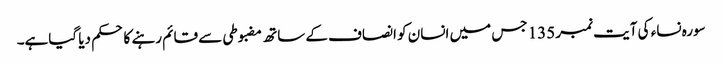
سورہ نساء کی آیت نمبر 135 جس میں انسان کو انصاف کے ساتھ مضبوطی سے قائم رہنے کا حکم دیا گیاہے۔